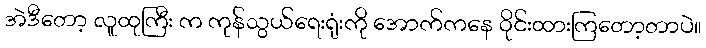
အဲဒီတော့ လူထုကြီး က ကုန်သွယ်ရေးရုံးကို အောက်ကနေ ဝိုင်းထားကြတော့တာပဲ။